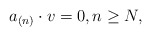
\begin{align*} a_{(n)}\cdot v=0,n\geq N,\end{align*}